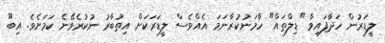
ލީޑަރުން ހަދާފައިވާ "ޑިލްތައް" ހާމަނުކުރާނަމަ އެއްވެސް ލީޑަރަކަށް އިތުބާރު ނުކުރެވޭނެ ކަމަށެވެ. އިބޫ